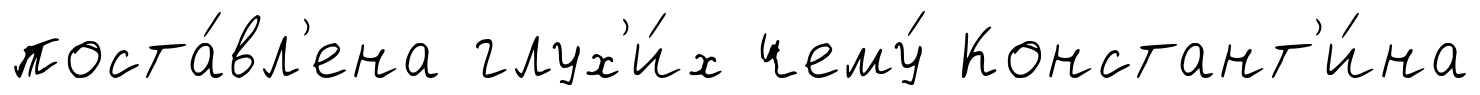
поста́вл'ена глух'и́х чему́ Констант'и́на